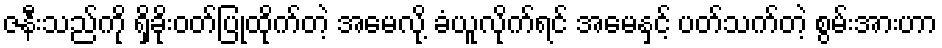
ဇနီးသည်ကို ရှိခိုးဝတ်ပြုထိုက်တဲ့ အမေလို့ ခံယူလိုက်ရင် အမေနှင့် ပတ်သက်တဲ့ စွမ်းအားဟာ